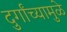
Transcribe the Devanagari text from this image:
दुर्गांच्यामुळे